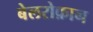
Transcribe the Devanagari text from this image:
बेलरोफ़ान